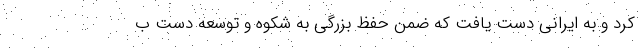
کرد و به ایرانی دست یافت که ضمن حفظ ‌‌بزرگی به شکوه و توسعه دست ب